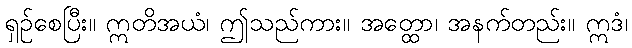
ရှဉ်စေပြီး။ ဣတိအယံ၊ ဤသည်ကား။ အတ္ထော၊ အနက်တည်း။ ဣဒံ၊